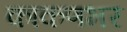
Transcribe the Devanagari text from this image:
काकणभर